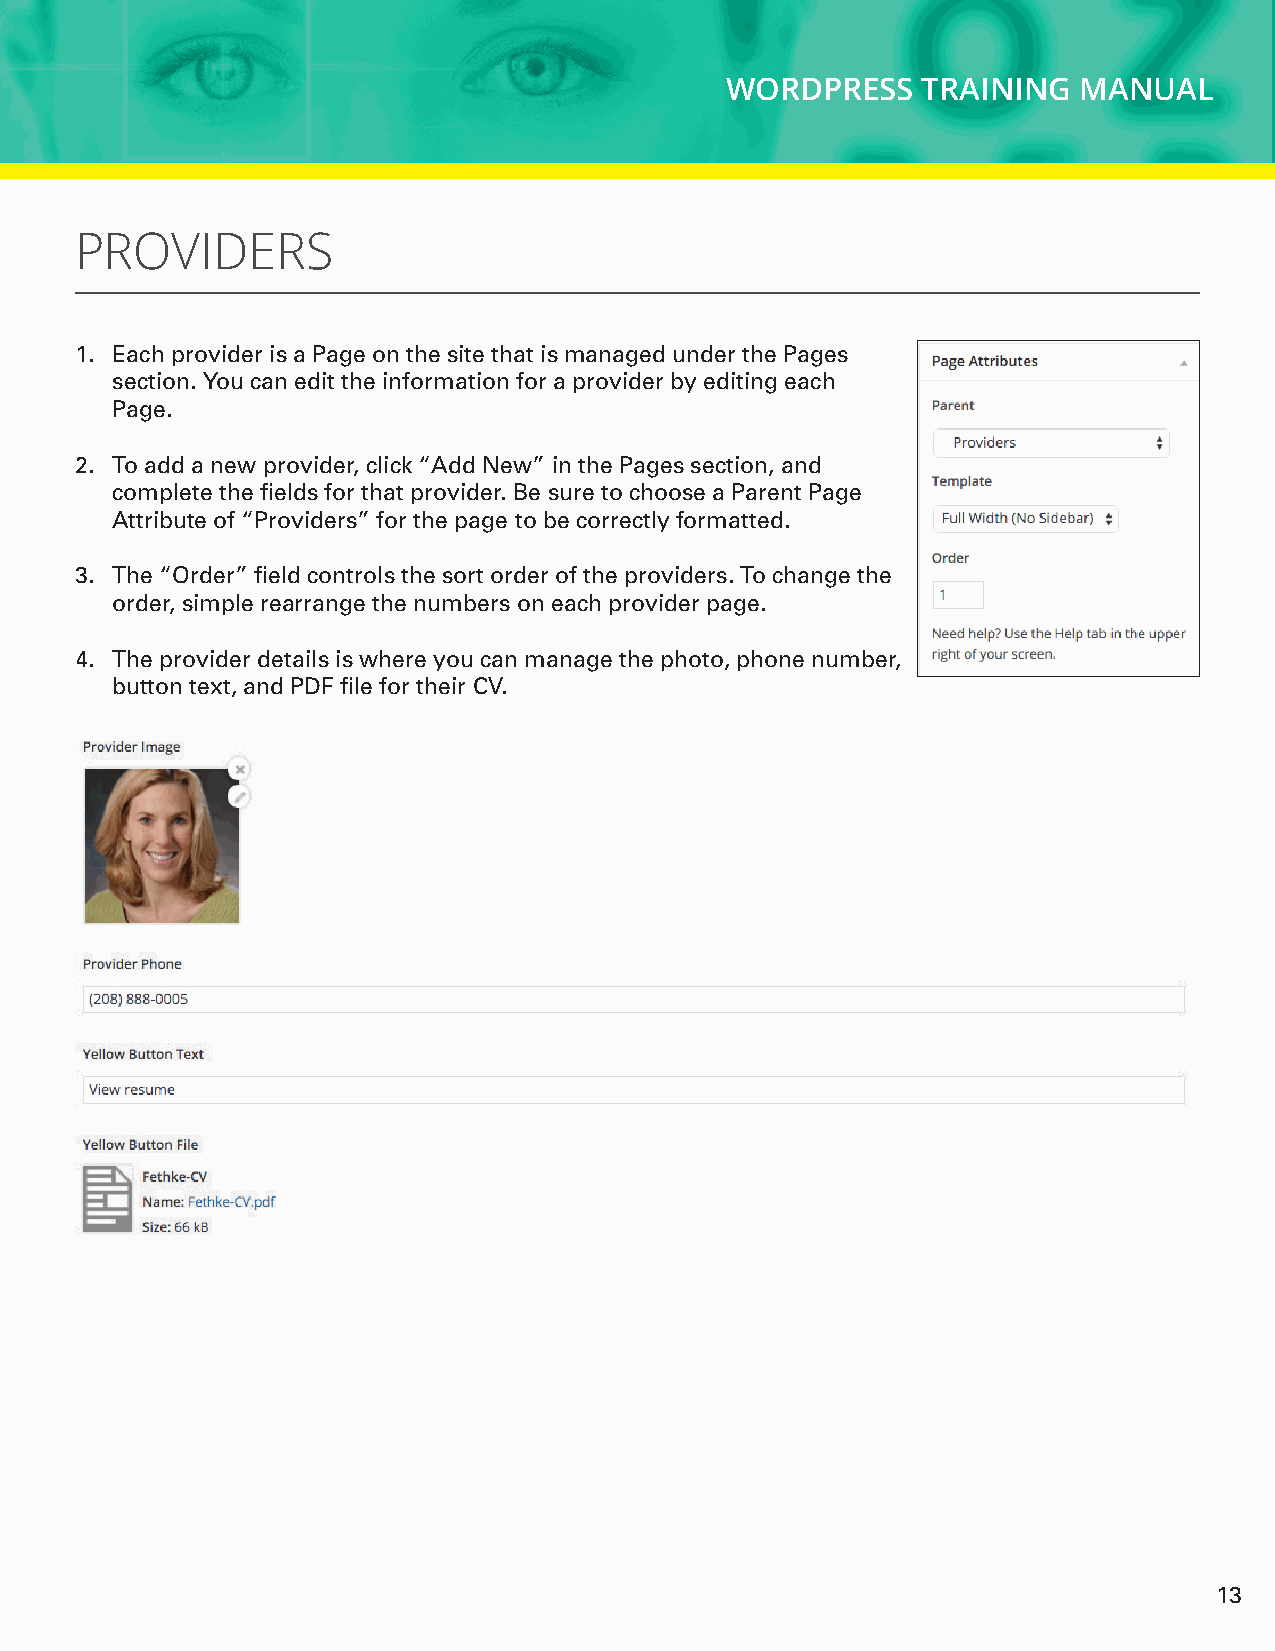
WORDPRESS    TRAINING  MANUAL
 PROVIDERS
 1. Each provider is a Page on the site that is managed under the Pages
 section. You can edit the information for a provider by editing each
 Page.
 2. To add a new provider, click “Add New” in the Pages section, and
 complete the fields for that provider. Be sure to choose a Parent Page
 Attribute of “Providers” for the page to be correctly formatted.
 3. The “Order” field controls the sort order of the providers. To change the
 order, simple rearrange the numbers on each provider page.
 4. The provider details is where you can manage the photo, phone number,
 button text, and PDF file for their CV.
 13